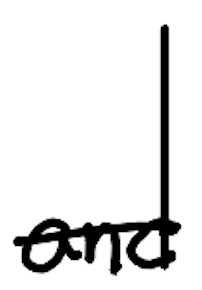
Text: and
Cross-out: single-line
Writing tool: digital_black